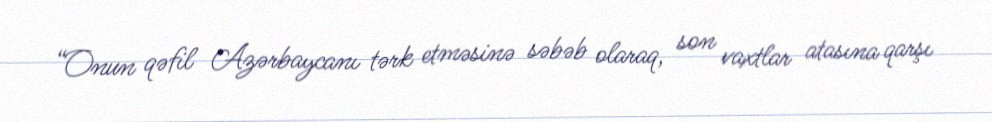
“Onun qəfil Azərbaycanı tərk etməsinə səbəb olaraq, son vaxtlar atasına qarşı